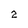
Character: 2